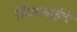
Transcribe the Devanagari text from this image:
जिजाबाईचे